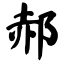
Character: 郝